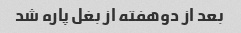
بعد از دوهفته از بغل پاره شد